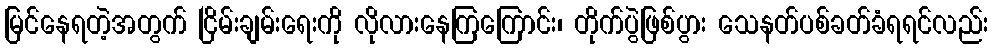
မြင်နေရတဲ့အတွက် ငြိမ်းချမ်းရေးကို လိုလားနေကြကြောင်း၊ တိုက်ပွဲဖြစ်ပွား သေနတ်ပစ်ခတ်ခံရရင်လည်း